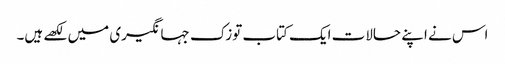
اس نے اپنے حالات ایک کتاب توزک جہانگیری میں لکھے ہیں۔